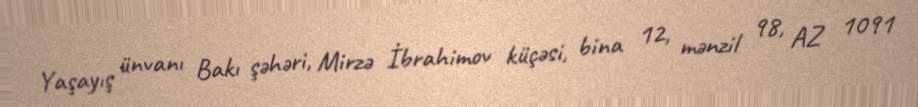
Yaşayış ünvanı Bakı şəhəri, Mirzə İbrahimov küçəsi, bina 12, mənzil 98, AZ 1091